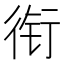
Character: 衔